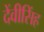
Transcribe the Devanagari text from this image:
देंवीसिंह